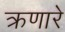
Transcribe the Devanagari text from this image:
क्रणारे